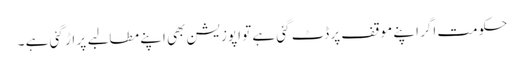
حکومت اگر اپنے موقف پر ڈٹ گئی ہے تو اپوزیشن بھی اپنے مطالبے پر اڑ گئی ہے ۔